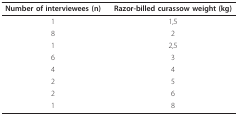
<table><thead><tr><td><b>Number of interviewees (n)</b></td><td><b>Razor-billed curassow weight (kg)</b></td></tr></thead><tbody><tr><td>1</td><td>1,5</td></tr><tr><td>8</td><td>2</td></tr><tr><td>1</td><td>2,5</td></tr><tr><td>6</td><td>3</td></tr><tr><td>4</td><td>4</td></tr><tr><td>2</td><td>5</td></tr><tr><td>2</td><td>6</td></tr><tr><td>1</td><td>8</td></tr></tbody></table>